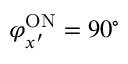
\varphi _ { x ^ { \prime } } ^ { \mathrm { { O N } } } = 9 0 ^ { \circ }